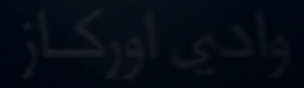
وادی‌اورکاز